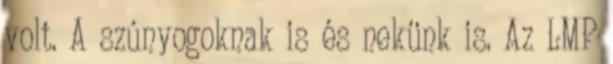
volt. A szúnyogoknak is és nekünk is. Az LMP